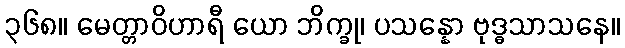
၃၆၈။ မေတ္တာဝိဟာရီ ယော ဘိက္ခု၊ ပသန္နော ဗုဒ္ဓသာသနေ။